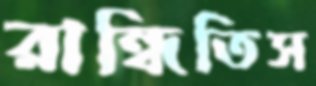
রান্ধিতিস